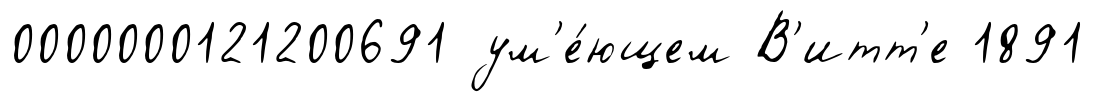
0000000121200691 ум'е́ющем В'итт'е 1891